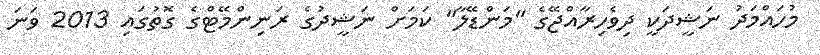
މުހައްމަދު ނަޝީދަކީ ދިވެހިރާއްޖޭގެ "މަންޑޭލާ" ކަމަށް ނަޝީދުގެ ރަނިންމޭޓްގެ ގޮތުގައި 2013 ވަނަ